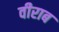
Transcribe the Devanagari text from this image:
वीराब